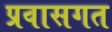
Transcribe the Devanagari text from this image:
प्रवासगत